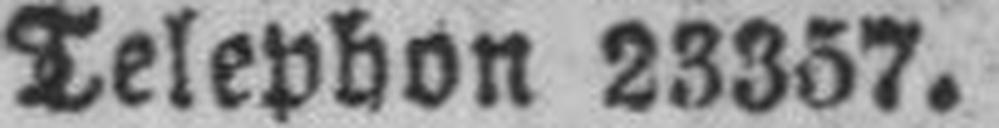
Telephon 23357.